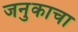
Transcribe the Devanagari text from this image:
जनुकाचा